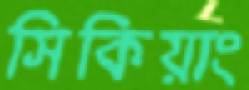
সিকিয়াং